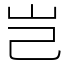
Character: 岂